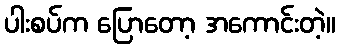
ပါးစပ်က ပြောတော့ အကောင်းတဲ့။